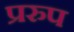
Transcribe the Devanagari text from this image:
प्ररुप